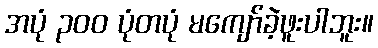
အပုံ ၃၀၀ ပုံတပုံ မကျော်ခဲ့ဖူးပါဘူး။